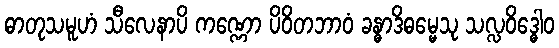
ဓာတုသမူဟံ သီလေနာပိ ကဏ္ဏော ပိဝိတဘာဝံ ခန္ဓာဒိဓမ္မေသု သလ္လဝိဒ္ဓေါဝ